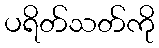
ပရိတ်သတ်ကို